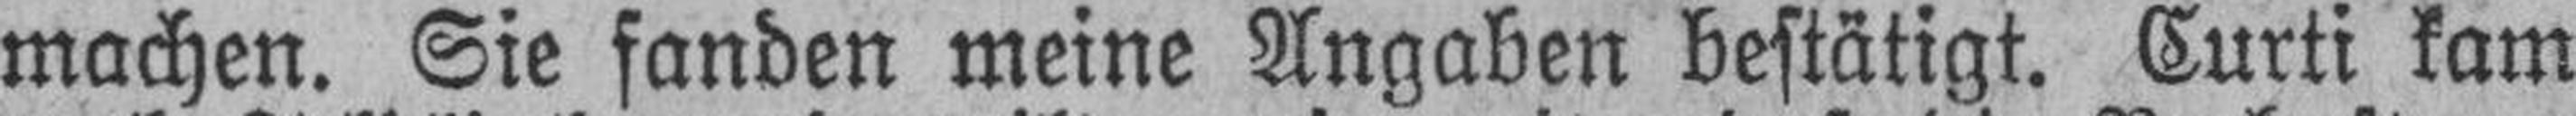
machen. Sie fanden meine Angaben bestätigt. Curti kam